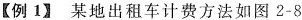
【例1】某地出租车计费方法如图2-8